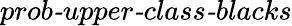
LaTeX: \textit{prob-upper-class-blacks}